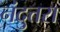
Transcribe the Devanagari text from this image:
नंदुत्तरा